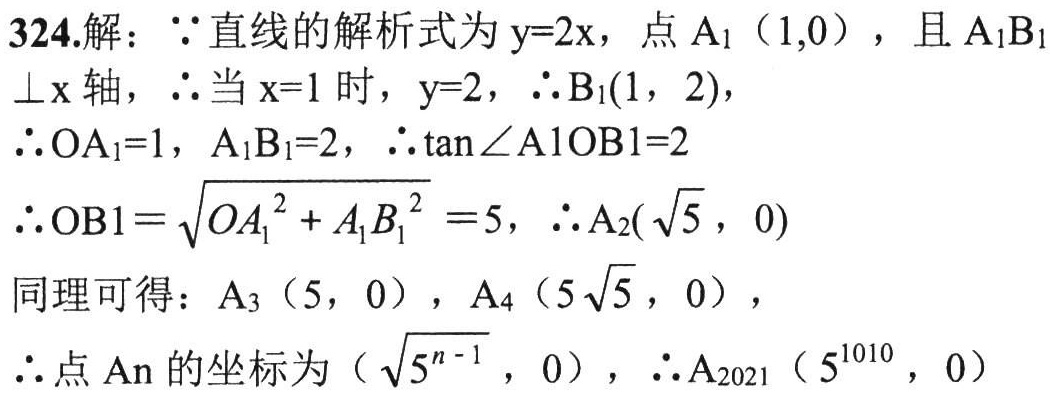
324.解：\(\because\)直线的解析式为\(y = 2x\)，点\(A_1(1,0)\)，且\(A_1B_1\perp x\)轴，\(\therefore\)当\(x = 1\)时，\(y = 2\)，\(\therefore B_1(1,2)\)，

\(\therefore OA_1 = 1\)，\(A_1B_1 = 2\)，\(\therefore \tan\angle A_1OB_1 = 2\)

\(\therefore OB_1=\sqrt{OA_1^{2}+A_1B_1^{2}} = 5\)，\(\therefore A_2(\sqrt{5},0)\)

同理可得：\(A_3(5,0)\)，\(A_4(5\sqrt{5},0)\)，

\(\therefore\)点\(A_n\)的坐标为\((\sqrt{5^{n - 1}},0)\)，\(\therefore A_{2021}(5^{1010},0)\)